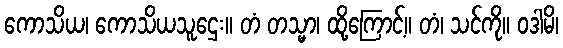
ကောသိယ၊ ကောသိယသူဌေး။ တံ တသ္မာ၊ ထို့ကြောင့်။ တံ၊ သင်ကို။ ဝဒါမိ၊